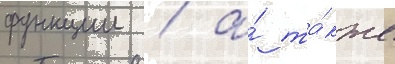
функции / а́ та́кже